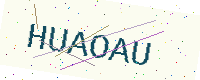
Text: HUAOAU